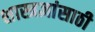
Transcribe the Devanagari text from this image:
शास्त्रज्ञांसाठी